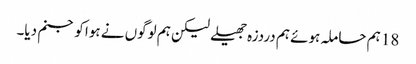
18 ہم حاملہ ہوئے ہم دردزہ جھیلے لیکن ہم لوگوں نے ہوا کو جنم دیا۔